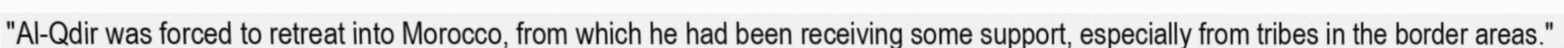
"Al-Qdir was forced to retreat into Morocco, from which he had been receiving some support, especially from tribes in the border areas."